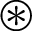
\circledast